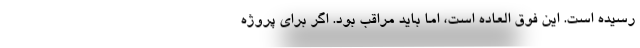
رسیده است. این فوق العاده است، اما باید مراقب بود. اگر برای پروژه